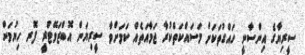
ސީރިޔާގެ އިންސާނީ ހައްގުތަކަށް މަސައްކަތްކުރާ ޖަމާއަތެއް ކަމަށްވާ ސީރިޔަން އޮބްޒަވޭޓްރީ ފޮރ ހިޔުމަން